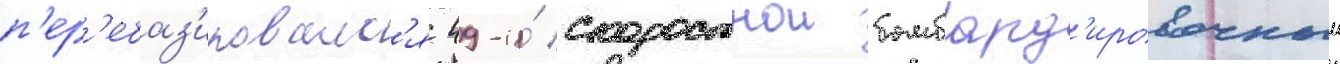
п'ер'ебаз'ировалс'я 49-и́ скоростнои бомбард'ировочныи